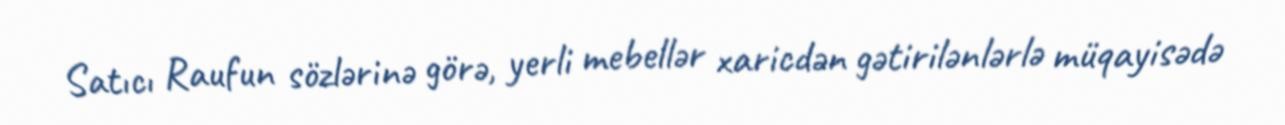
Satıcı Raufun sözlərinə görə, yerli mebellər xaricdən gətirilənlərlə müqayisədə